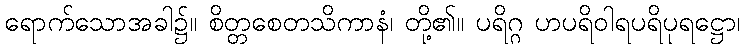
ရောက်သောအခါ၌။ စိတ္တစေတသိကာနံ၊ တို့၏။ ပရိဂ္ဂ ဟပရိဝါရပရိပုရဋ္ဌော၊